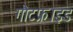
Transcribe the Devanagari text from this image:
गौटफ्राइड